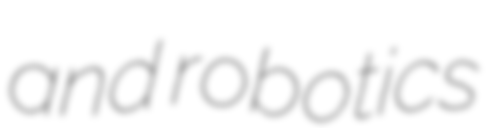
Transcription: and robotics